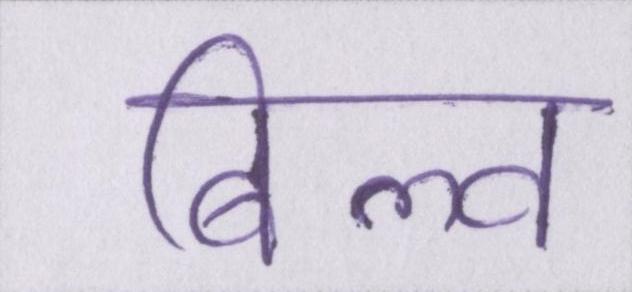
बिल्व